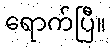
ရောက်ပြီ။